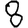
Digit: 8